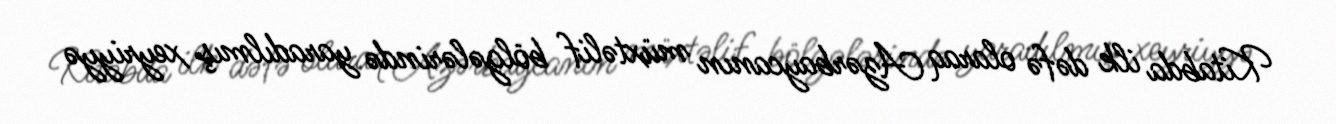
Kitabda ilk dəfə olaraq Azərbaycanın müxtəlif bölgələrində yaradılmış xeyriyyə